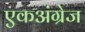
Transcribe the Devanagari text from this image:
एकअंग्रेज